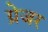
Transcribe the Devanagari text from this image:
ग्रेजर